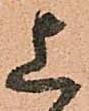
上